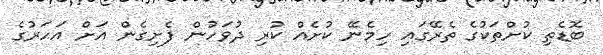
ބޮޑެތި ކުށްތަކުގެ ތެރޭގައި ހިމެނޭ ކުށެއް ކުރި ދުވަހުން ފެށިގެން އަށް އަހަރުގެ